Civil Veterinary Department. United Provinces 1912-22 - 1912-1922
Year: 1912
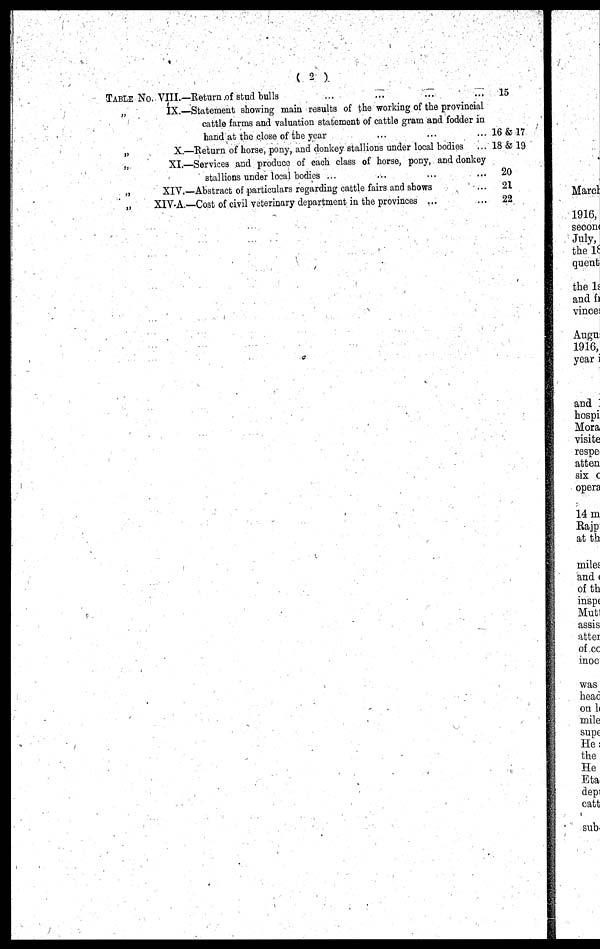
( 2 )
TABLE No. VIII.—Return of stud bulls ... ... ... ...
„
IX.—Statement showing main results of the working of the provincial
cattle farms and valuation statement of cattle gram and fodder in
hand at the close of the year ... ... ...
„
X.—Return of horse, pony, and donkey stallions under local bodies ...
„
XI.—Services and produce of each class of horse, pony, and donkey
stallions under local bodies ... ... ... ...
„
XIV.—Abstract of particulars regarding cattle fairs and shows ...
„
XIV-A.—Cost of civil veterinary department in the provinces ... ...
15
16 & 17
18 & 19
20
21
22